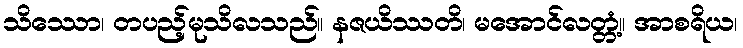
သိဿော၊ တပည့်မုသိလသည်။ နဇယိဿတိ၊ မအောင်လတ္တံ့။ အာစရိယ၊